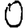
Digit: 0